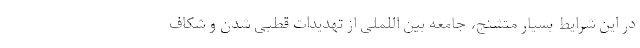
در این شرایط بسیار متشنج، جامعه بین اللملی از تهدیدات قطبی شدن و شکاف